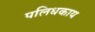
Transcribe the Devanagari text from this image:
पलिधकाय